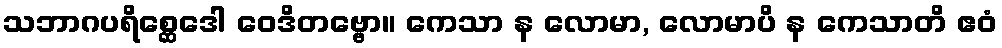
သဘာဂပရိစ္ဆေဒေါ ဝေဒိတဗ္ဗော။ ကေသာ န လောမာ, လောမာပိ န ကေသာတိ ဧဝံ